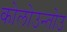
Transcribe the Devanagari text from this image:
कोलोउन्तोउ